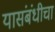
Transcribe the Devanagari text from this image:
यासंबंधीचा